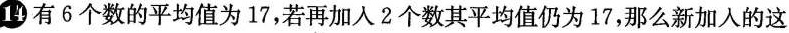
1有6个数的平均值为17，若再加入2个数其平均值仍为17，那么新加入的这